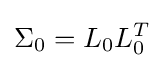
\Sigma _{0}=L_{0}L_{0}^{T}